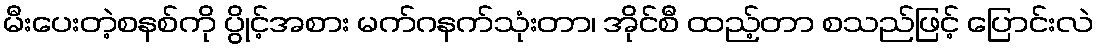
မီးပေးတဲ့စနစ်ကို ပွိုင့်အစား မက်ဂနက်သုံးတာ၊ အိုင်စီ ထည့်တာ စသည်ဖြင့် ပြောင်းလဲ